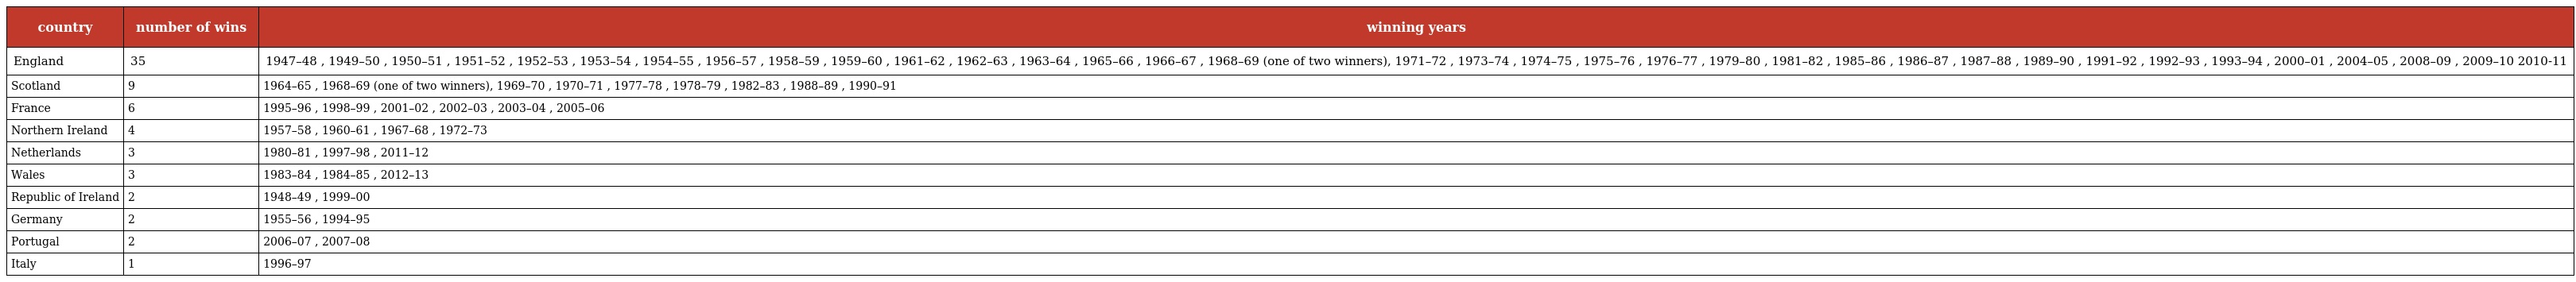
| country | number of wins | winning years |
 | --- | --- | --- |
 | England | 35 | 1947–48 , 1949–50 , 1950–51 , 1951–52 , 1952–53 , 1953–54 , 1954–55 , 1956–57 , 1958–59 , 1959–60 , 1961–62 , 1962–63 , 1963–64 , 1965–66 , 1966–67 , 1968–69 (one of two winners), 1971–72 , 1973–74 , 1974–75 , 1975–76 , 1976–77 , 1979–80 , 1981–82 , 1985–86 , 1986–87 , 1987–88 , 1989–90 , 1991–92 , 1992–93 , 1993–94 , 2000–01 , 2004–05 , 2008–09 , 2009–10 2010-11 |
 | Scotland | 9 | 1964–65 , 1968–69 (one of two winners), 1969–70 , 1970–71 , 1977–78 , 1978–79 , 1982–83 , 1988–89 , 1990–91 |
 | France | 6 | 1995–96 , 1998–99 , 2001–02 , 2002–03 , 2003–04 , 2005–06 |
 | Northern Ireland | 4 | 1957–58 , 1960–61 , 1967–68 , 1972–73 |
 | Netherlands | 3 | 1980–81 , 1997–98 , 2011–12 |
 | Wales | 3 | 1983–84 , 1984–85 , 2012–13 |
 | Republic of Ireland | 2 | 1948–49 , 1999–00 |
 | Germany | 2 | 1955–56 , 1994–95 |
 | Portugal | 2 | 2006–07 , 2007–08 |
 | Italy | 1 | 1996–97 |